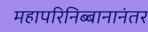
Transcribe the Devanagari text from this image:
महापरिनिब्बानानंतर